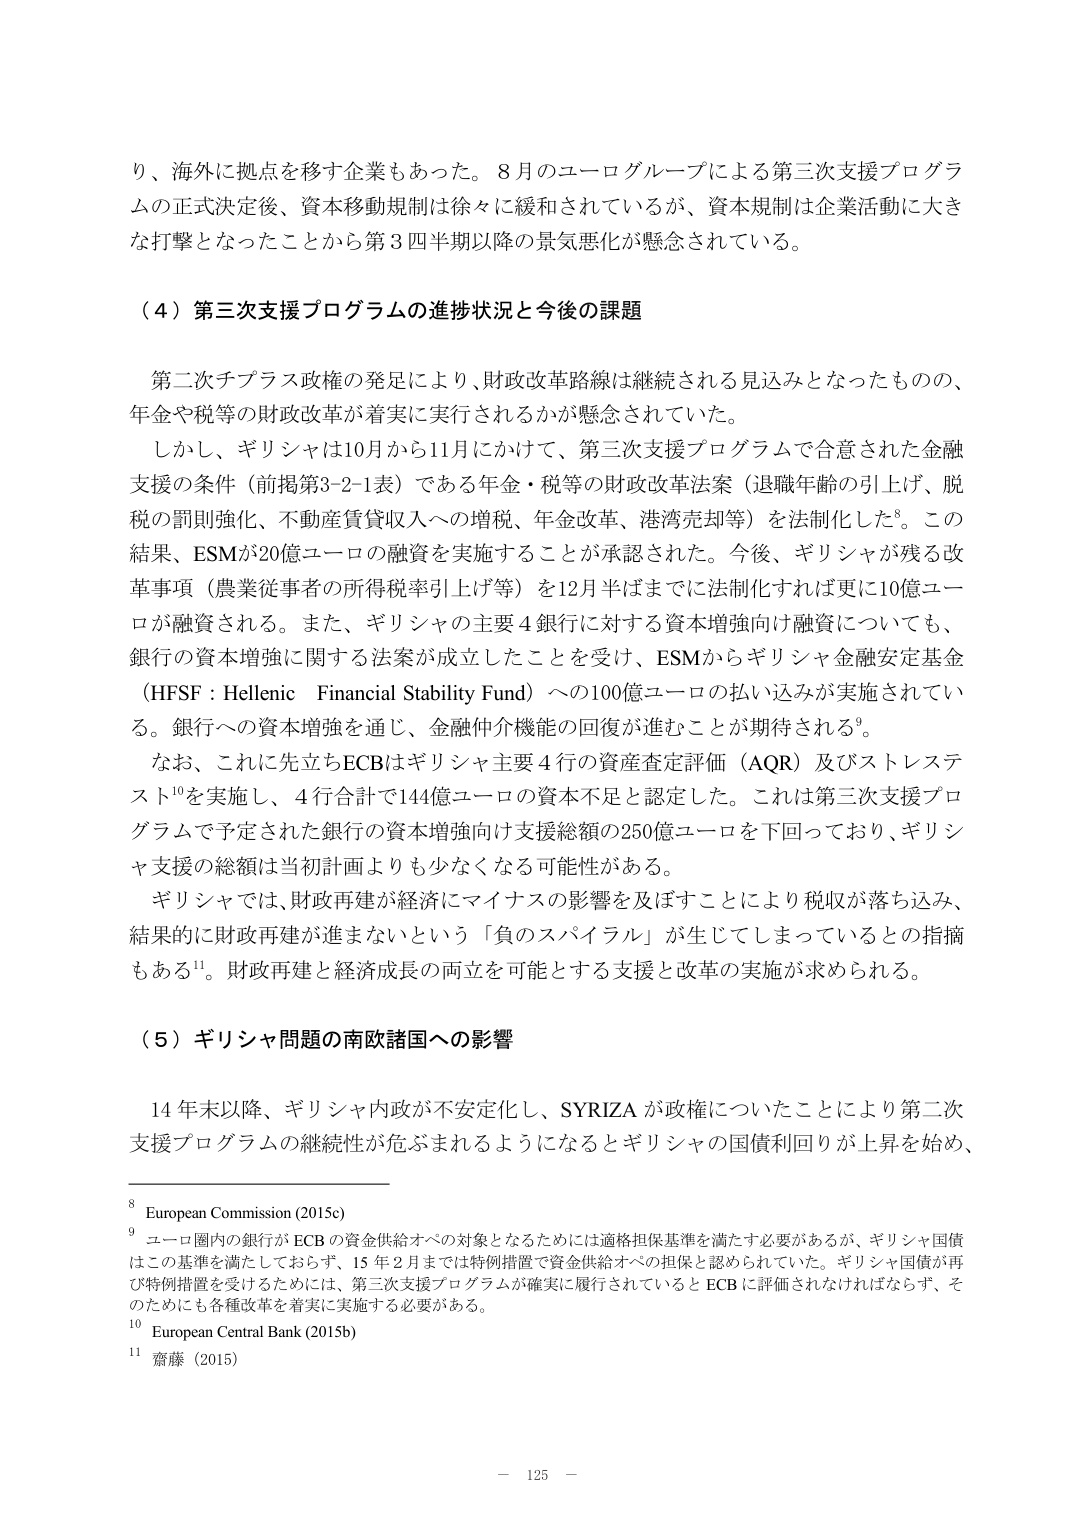
り、海外に拠点を移す企業もあった。8月のユーログループによる第三次支援プログラムの正式決定後、資本移動規制は徐々に緩和されているが、資本規制は企業活動に大きな打撃となったことから第3四半期以降の景気悪化が懸念されている。

（4）第三次支援プログラムの進捗状況と今後の課題

第二次チプラス政権の発足により、財政改革路線は継続される見込みとなったものの、年金や税等の財政改革が着実に実行されるかが懸念されていた。

しかし、ギリシャは10月から11月にかけて、第三次支援プログラムで合意された金融支援の条件（前掲第3-2-1表）である年金・税等の財政改革法案（退職年齢の引上げ、脱税の罰則強化、不動産賃貸収入への増税、年金改革、港湾売却等）を法制化した⁸。この結果、ESMが20億ユーロの融資を実施することが承認された。今後、ギリシャが残る改革事項（農業従事者の所得税率引上げ等）を12月半ばまでに法制化すれば更に10億ユーロが融資される。また、ギリシャの主要4銀行に対する資本増強向け融資についても、銀行の資本増強に関する法案が成立したことを受け、ESMからギリシャ金融安定基金（HFSF：Hellenic Financial Stability Fund）への100億ユーロの払い込みが実施されている。銀行への資本増強を通じ、金融仲介機能の回復が進むことが期待される⁹。

なお、これに先立ちECBはギリシャ主要4行の資産査定評価（AQR）及びストレステスト¹⁰を実施し、4行合計で144億ユーロの資本不足と認定した。これは第三次支援プログラムで予定された銀行の資本増強向け支援総額の250億ユーロを下回っており、ギリシャ支援の総額は当初計画よりも少なくなる可能性がある。

ギリシャでは、財政再建が経済にマイナスの影響を及ぼすことにより税収が落ち込み、結果的に財政再建が進まないという「負のスパイラル」が生じてしまっているとの指摘もある¹¹。財政再建と経済成長の両立を可能とする支援と改革の実施が求められる。

（5）ギリシャ問題の南欧諸国への影響

14年末以降、ギリシャ内政が不安定化し、SYRIZAが政権についたことにより第二次支援プログラムの継続性が危ぶまれるようになるとギリシャの国債利回りが上昇を始め、

⁸ European Commission (2015c)
⁹ ユーロ圏内の銀行がECBの資金供給オペの対象となるためには適格担保基準を満たす必要があるが、ギリシャ国債はこの基準を満たしておらず、15年2月までは特例措置で資金供給オペの担保と認められていた。ギリシャ国債が再び特例措置を受けるためには、第三次支援プログラムが確実に履行されているとECBに評価されなければならず、そのためにも各種改革を着実に実施する必要がある。
¹⁰ European Central Bank (2015b)
¹¹ 齋藤（2015）

－ 125 －